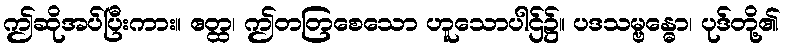
ဤဆိုအပ်ပြီးကား။ ဧတ္ထ၊ ဤတတြစေသော ဟူသောပါဌ်၌။ ပဒသမ္ဗန္ဓော၊ ပုဒ်တို့၏